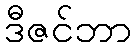
ဒီဇင်ဘာ